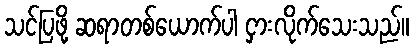
သင်ပြဖို့ ဆရာတစ်ယောက်ပါ ငှားလိုက်သေးသည်။